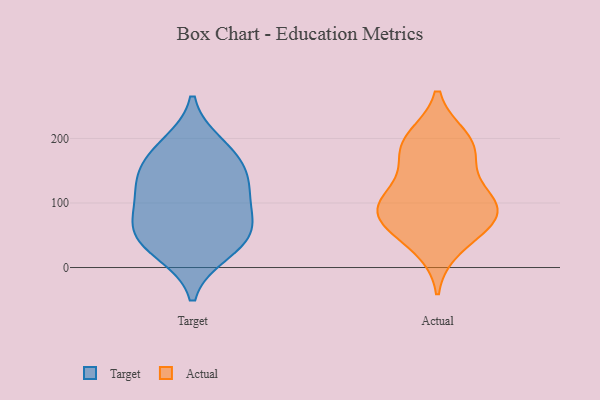
{"axis": {"x": "Customer Acquisition Cost (USD)", "y": "Value"}, "legend": ["Actual", "Target"], "data": [{"x": "", "y": 59, "type": "Target"}, {"x": "", "y": 70, "type": "Target"}, {"x": "", "y": 111, "type": "Target"}, {"x": "", "y": 34, "type": "Target"}, {"x": "", "y": 59, "type": "Target"}, {"x": "", "y": 190, "type": "Target"}, {"x": "", "y": 176, "type": "Target"}, {"x": "", "y": 24, "type": "Target"}, {"x": "", "y": 151, "type": "Target"}, {"x": "", "y": 139, "type": "Target"}, {"x": "", "y": 115, "type": "Target"}, {"x": "", "y": 70, "type": "Actual"}, {"x": "", "y": 110, "type": "Actual"}, {"x": "", "y": 31, "type": "Actual"}, {"x": "", "y": 72, "type": "Actual"}, {"x": "", "y": 196, "type": "Actual"}, {"x": "", "y": 200, "type": "Actual"}, {"x": "", "y": 110, "type": "Actual"}, {"x": "", "y": 97, "type": "Actual"}, {"x": "", "y": 67, "type": "Actual"}, {"x": "", "y": 169, "type": "Actual"}, {"x": "", "y": 95, "type": "Actual"}, {"x": "", "y": 180, "type": "Actual"}]}